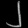
Digit: ၂